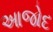
આજોદ